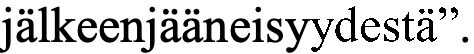
jälkeenjääneisyydestä”.